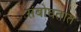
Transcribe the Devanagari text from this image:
संबोघतात